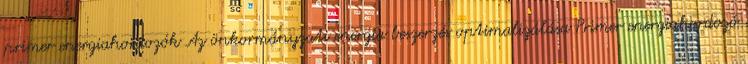
primer energiahordozók Az önkormányzati energia beszerzés optimalizálása Primer energiahordozó